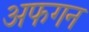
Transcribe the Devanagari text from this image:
अफगन